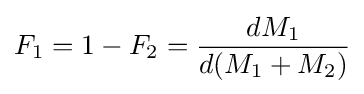
F_{1}=1-F_{2}={\frac {dM_{1}}{d(M_{1}+M_{2})}}